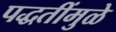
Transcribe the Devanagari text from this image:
पद्धतींमुळे